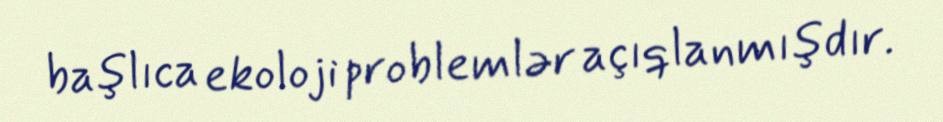
başlıca ekoloji problemlər açıqlanmışdır.